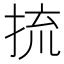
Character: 㧧